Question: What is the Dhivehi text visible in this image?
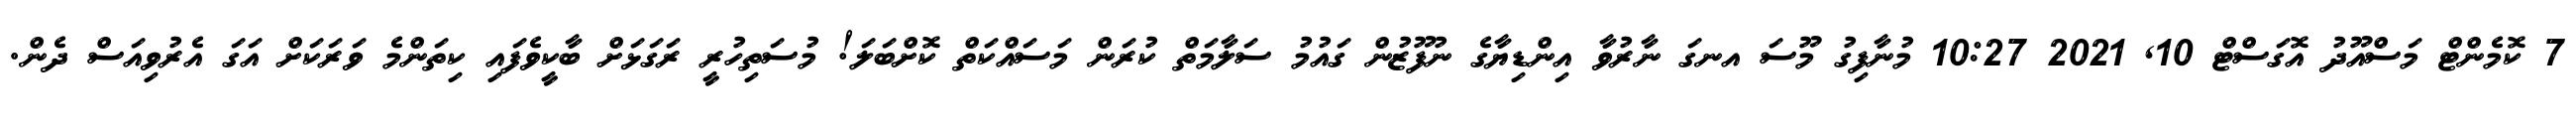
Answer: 7 ކޮމެންޓް މަސްއޫދު އޮގަސްޓް 10, 2021 10:27 މުނާފިގު މޫސަ އނގަ ނާރުވާ އިންޑިޔާގެ ނުފޫޒުން ގައުމު ސަލާމަތް ކުރަން މަސައްކަތް ކޮށްބަލަ! މުސަތިހުރީ ރަގަޅަށް ބާކީވެފައި ކިތަންމެ ވަރަކަށް އަގަ އެރުވިއަސް ދެން.